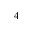
_ 4